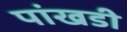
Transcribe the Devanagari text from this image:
पांखडी